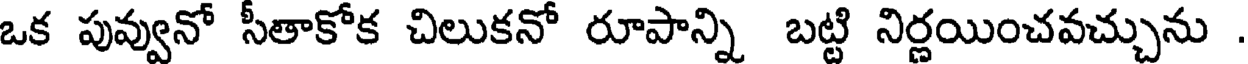
ఒక పువ్వునో సీతాకోక చిలుకనో రూపాన్ని బట్టి నిర్ణయించవచ్చును .